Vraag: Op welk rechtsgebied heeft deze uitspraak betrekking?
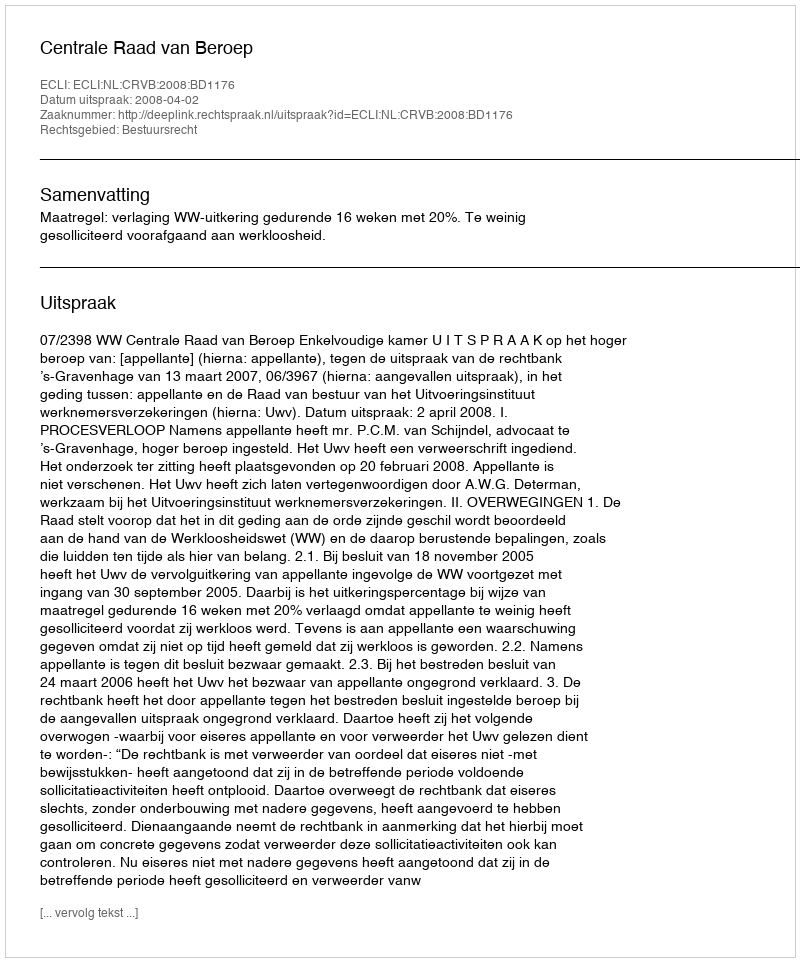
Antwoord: Bestuursrecht